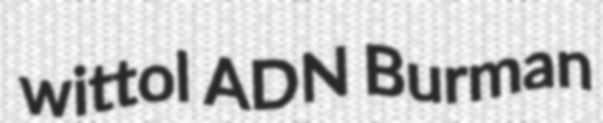
wittol ADN Burman